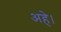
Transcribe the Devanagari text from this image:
अहे।